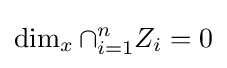
\dim _{x}\cap _{i=1}^{n}Z_{i}=0